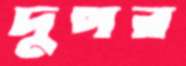
দুপর